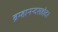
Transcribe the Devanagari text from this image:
ब्रम्हानन्दसहोदर